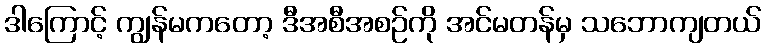
ဒါကြောင့် ကျွန်မကတော့ ဒီအစီအစဉ်ကို အင်မတန်မှ သဘောကျတယ်